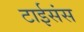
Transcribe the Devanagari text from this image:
टाईसंस